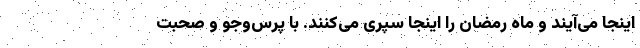
اینجا می‌آیند و ماه رمضان را اینجا سپری می‌کنند. با پرس‌وجو و صحبت